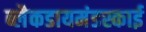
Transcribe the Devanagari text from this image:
ब्लैकडायमंडस्काई